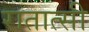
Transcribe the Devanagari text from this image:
रातात्सी